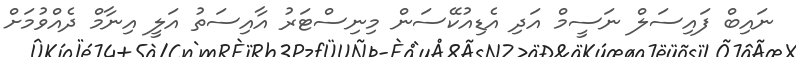
ނައިބް ފައިސަލް ނަސީމް އަދި އެޑިއުކޭސަން މިނިސްޓަރު އާއިސަތު އަލީ އިނާމް ދެއްވުމަށް